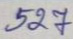
527